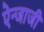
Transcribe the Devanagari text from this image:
ऐन्जाजी